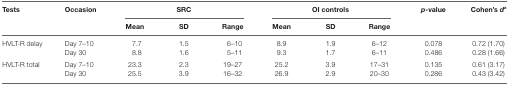
<table><thead><tr><td rowspan="2"><b>Tests</b></td><td rowspan="2"><b>Occasion</b></td><td colspan="3"><b>SRC</b></td><td colspan="3"><b>OI controls</b></td><td rowspan="2"><b><i>p</i>-value</b></td><td rowspan="2"><b>Cohen’s <i>d</i><sup>a</sup></b></td></tr><tr><td><b>Mean</b></td><td><b>SD</b></td><td><b>Range</b></td><td><b>Mean</b></td><td><b>SD</b></td><td><b>Range</b></td></tr></thead><tbody><tr><td rowspan="2">HVLT-R delay</td><td>Day 7–10</td><td>7.7</td><td>1.5</td><td>6–10</td><td>8.9</td><td>1.9</td><td>6–12</td><td>0.078</td><td>0.72 (1.70)</td></tr><tr><td>Day 30</td><td>8.8</td><td>1.6</td><td>5–11</td><td>9.3</td><td>1.7</td><td>6–11</td><td>0.486</td><td>0.28 (1.66)</td></tr><tr><td rowspan="2">HVLT-R total</td><td>Day 7–10</td><td>23.3</td><td>2.3</td><td>19–27</td><td>25.2</td><td>3.9</td><td>17–31</td><td>0.135</td><td>0.61 (3.17)</td></tr><tr><td>Day 30</td><td>25.5</td><td>3.9</td><td>16–32</td><td>26.9</td><td>2.9</td><td>20–30</td><td>0.286</td><td>0.43 (3.42)</td></tr></tbody></table>